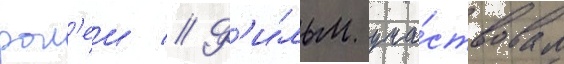
рол'еи // Ф'и́льм уча́ствовал